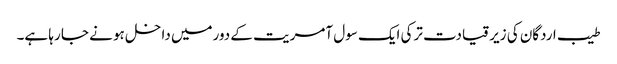
طیب اردگان کی زیر قیادت ترکی ایک سول آمریت کے دورمیں داخل ہو نے جا رہا ہے۔